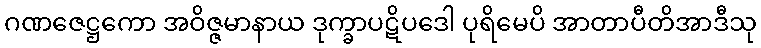
ဂဏဇေဋ္ဌကော အဝိဇ္ဇမာနာယ ဒုက္ခာပဋိပဒေါ ပုရိမေပိ အာတာပီတိအာဒီသု